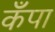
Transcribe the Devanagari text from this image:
कँपा